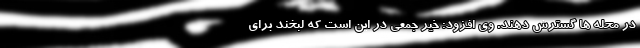
در محله ها گسترش دهند. وی افزود: خیر جمعی در این است که لبخند برای